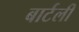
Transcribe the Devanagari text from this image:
बार्टली